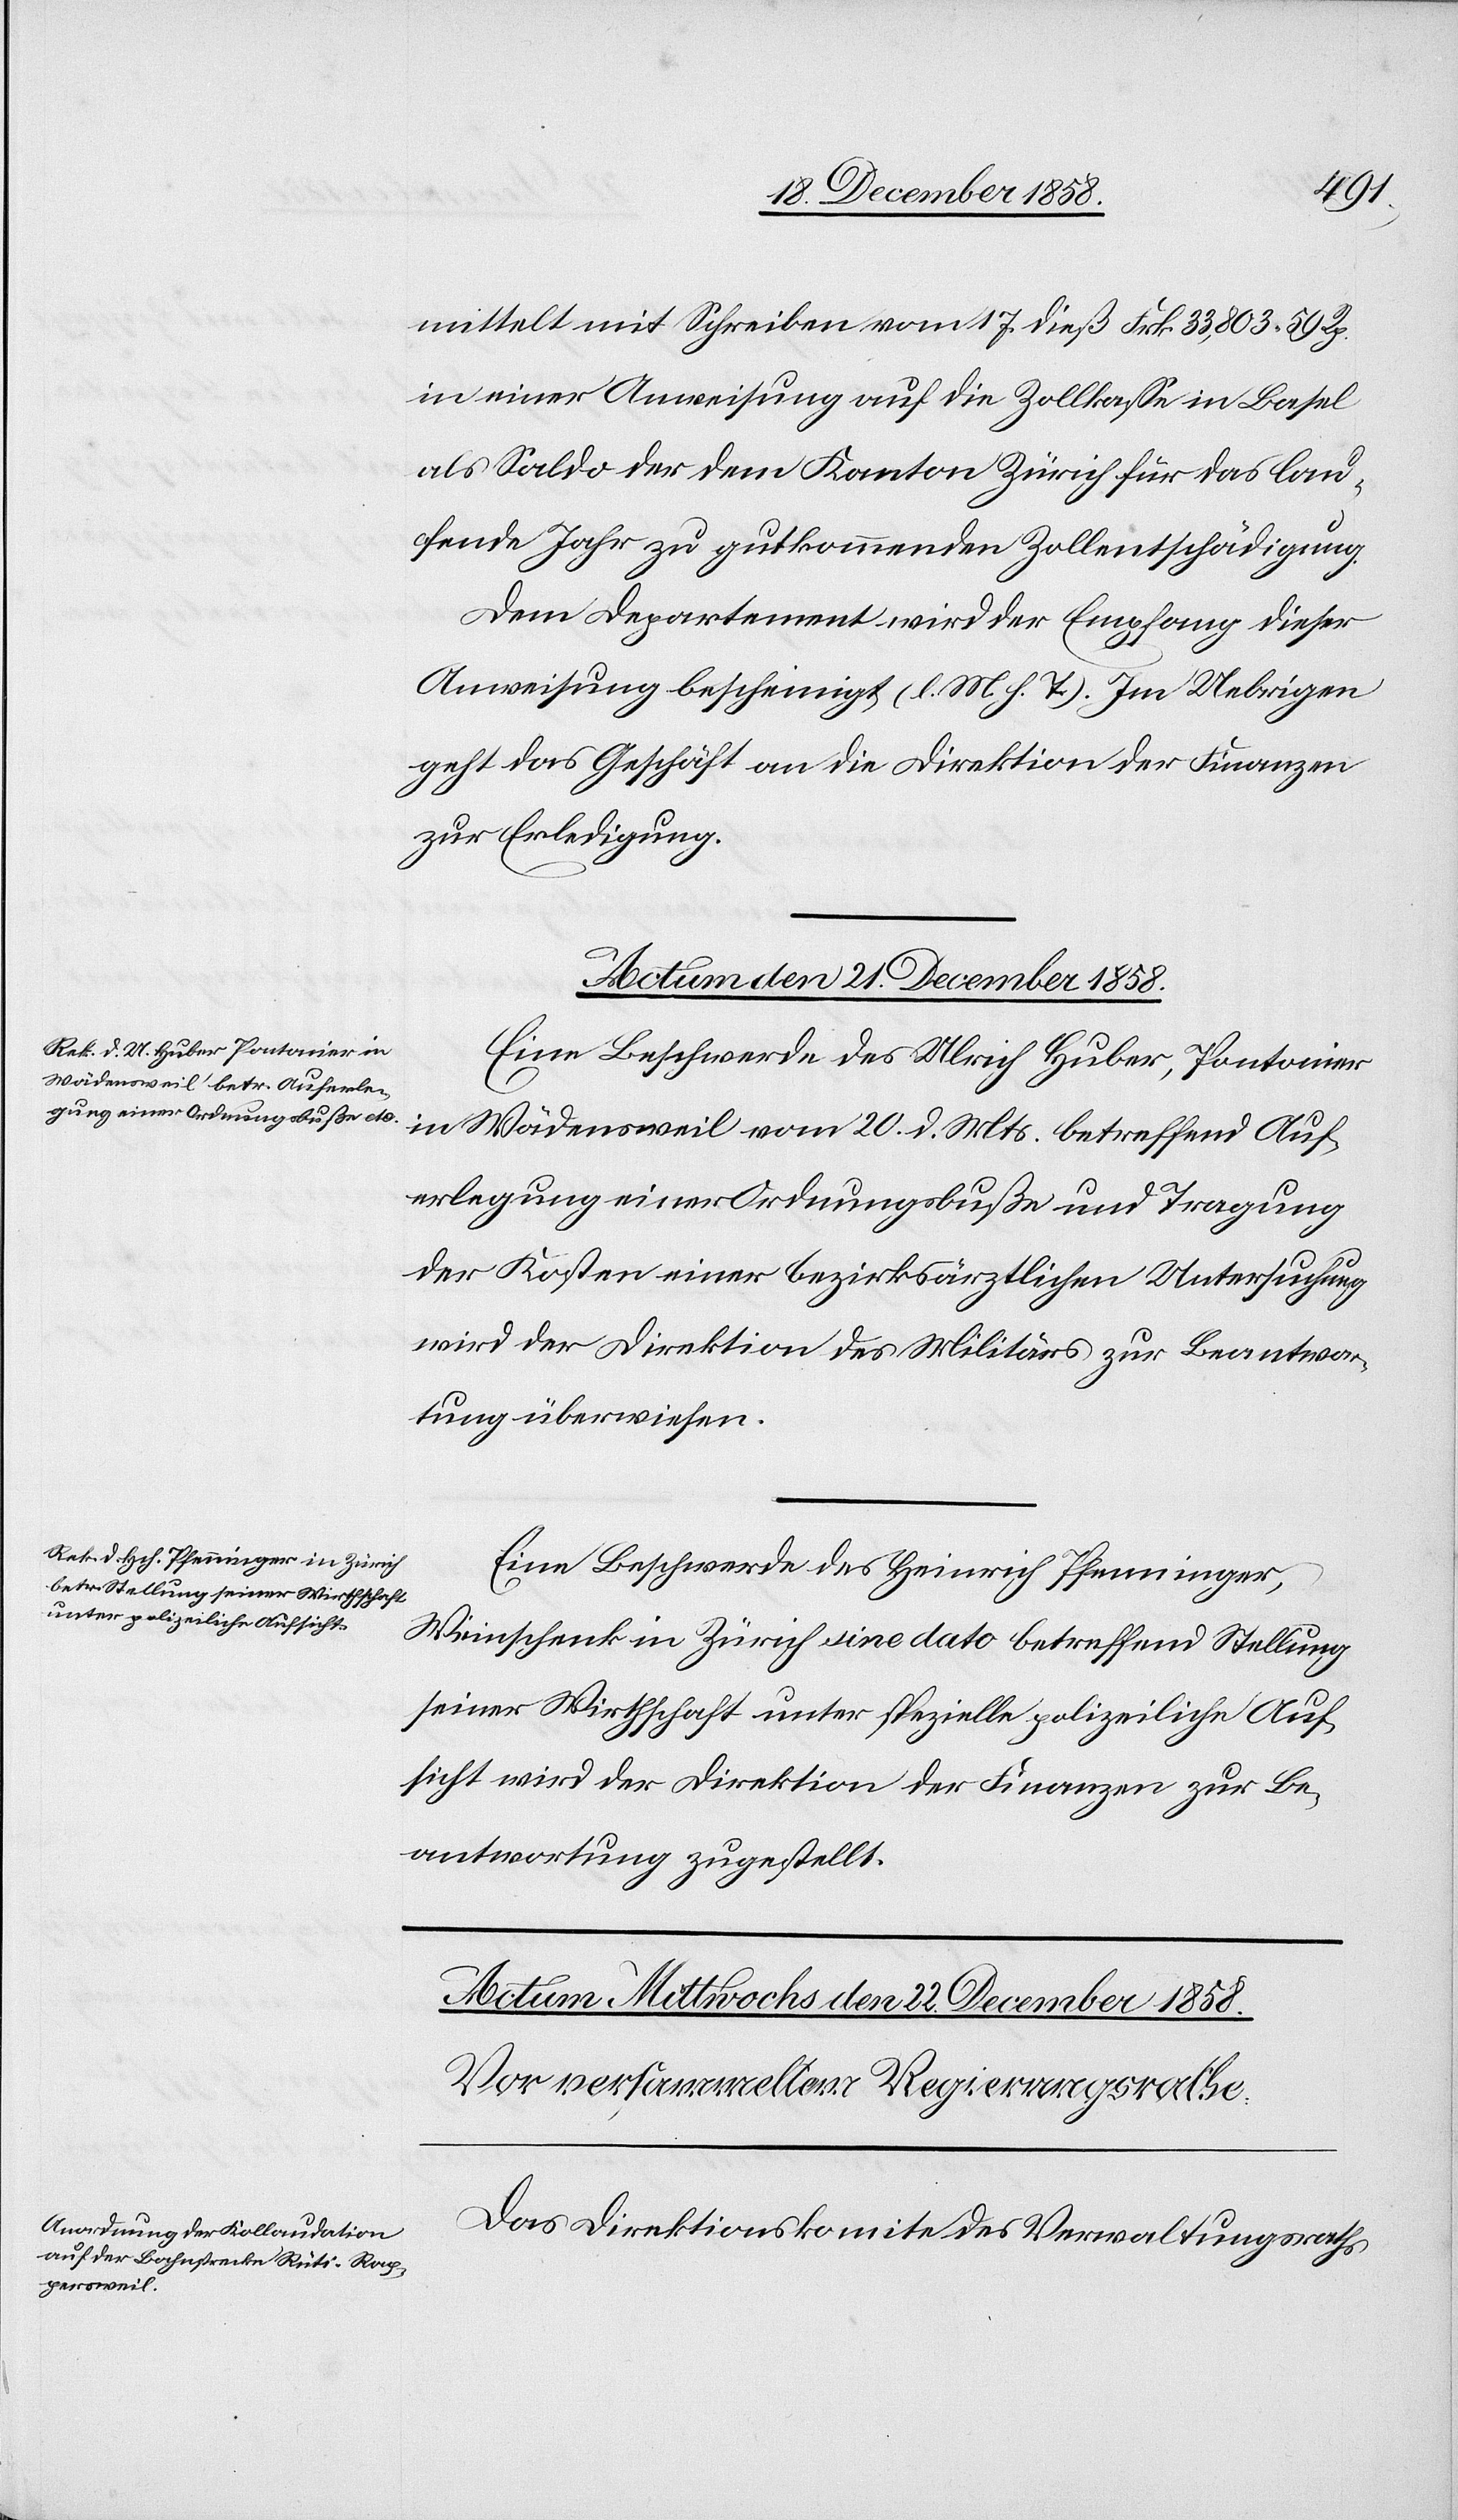
mittelt mit Schreiben vom 17. dieß Frk. 33,803 59 Rp.
in einer Anweisung auf die Zollkasse in Basel
als Saldo der dem Kanton Zürich für das lau¬
fende Jahr zu gut kommenden Zollentschädigung.
Dem Departement wird der Empfang dieser
Anweisung bescheinigt (l. M. h. T.). Im Uebrigen
geht das Geschäft an die Direktion der Finanzen
zur Erledigung.
Actum den 21. December 1858.]
Eine Beschwerde des Ulrich Huber, Pontonier
in Wädensweil vom 20. d. Mts. betreffend Auf¬
erlegung einer Ordnungsbuße und Tragung
der Kosten einer bezirksärztlichen Untersuchung
wird der Direktion des Militärs zur Beantwor¬
tung überwiesen.
Eine Beschwerde des Heinrich Pfenninger,
Weinschenk in Zürich sine dato betreffend Stellung
seiner Wirthschaft unter spezielle polizeiliche Auf¬
sicht wird der Direktion der Finanzen zur Be¬
antwortung zugestellt.
Das Direktionskomite des Verwaltungsraths